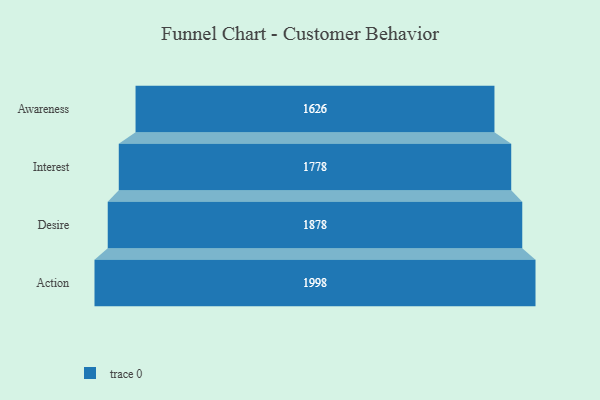
{"axis": {"x": "Stage", "y": "Value"}, "legend": [""], "data": [{"x": "Awareness", "y": 1626.0, "type": ""}, {"x": "Interest", "y": 1778.0, "type": ""}, {"x": "Desire", "y": 1878.0, "type": ""}, {"x": "Action", "y": 1998.0, "type": ""}]}